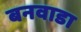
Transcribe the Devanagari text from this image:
बनवाडा